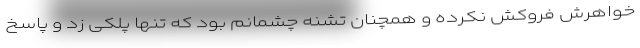
خواهرش فروکش نکرده و همچنان تشنه چشمانم بود که تنها پلکی زد و پاسخ